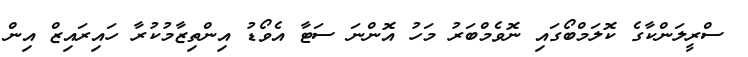
ސްރީލަންކާގެ ކޮލަމްބޯގައި ނޮވެމްބަރު މަހު އޮންނަ ސަޓާ އެވޯޑު އިންތިޒާމުކުރާ ހައިރައިޒް އިން